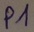
Text: P1